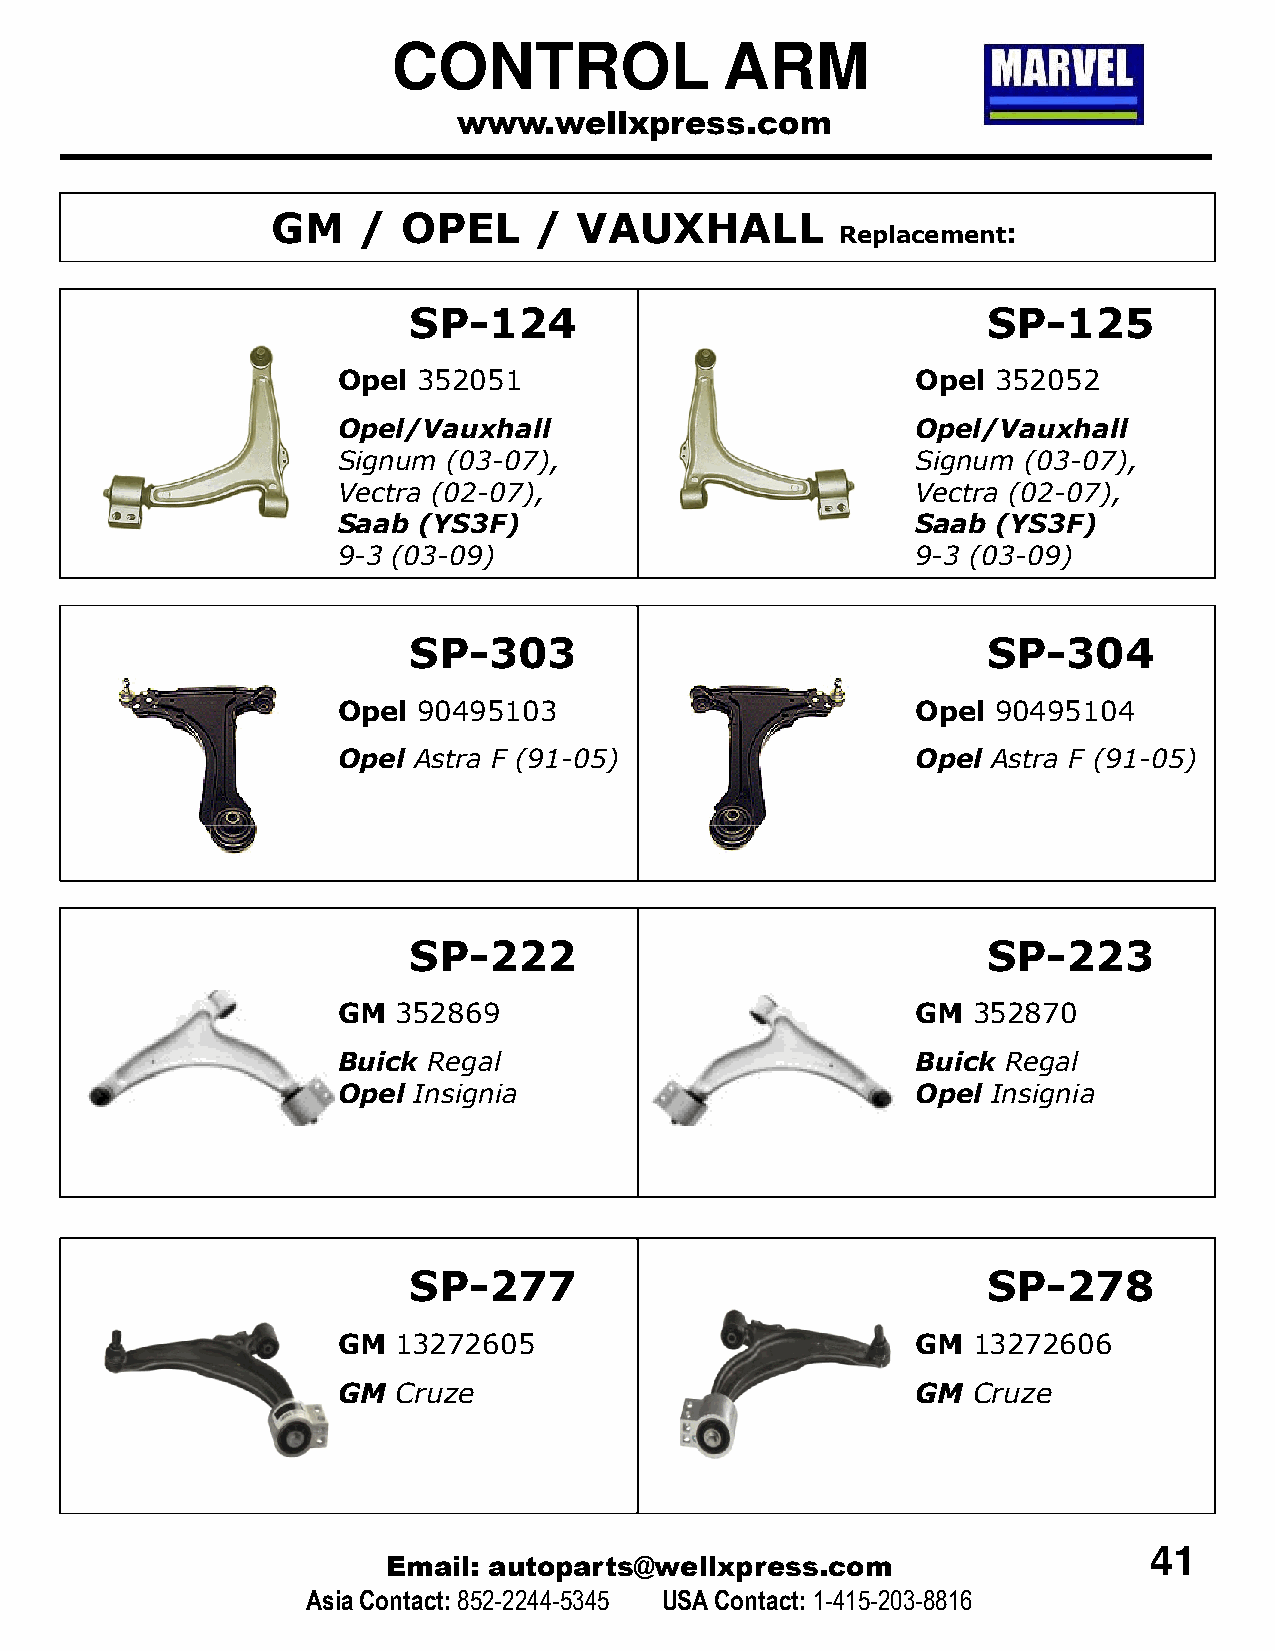
CONTROL               ARM
 www.wellxpress.com
 GM    /  OPEL    /  VAUXHALL
 Replacement:
 SP-124                                SP-125
 Opel  352051                           Opel 352052
 Opel/Vauxhall                          Opel/Vauxhall
 Signum  (03-07),                       Signum (03-07),
 Vectra (02-07),                        Vectra (02-07),
 Saab  (YS3F)                           Saab (YS3F)
 9-3 (03-09)                            9-3 (03-09)
 SP-303                                SP-304
 Opel  90495103                         Opel 90495104
 Opel Astra F (91-05)                   Opel Astra F (91-05)
 SP-222                                SP-223
 GM  352869                             GM 352870
 Buick Regal                            Buick Regal
 Opel Insignia                          Opel Insignia
 SP-277                                SP-278
 GM  13272605                           GM 13272606
 GM  Cruze                              GM Cruze
 41
 Email: autoparts@wellxpress.com
 Asia Contact:852-2244-5345 USA Contact: 1-415-203-8816